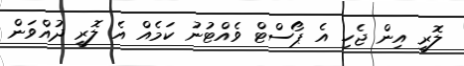
ލޮރީ އިން ޖެހި އެ ޕޯސްޓް ވެއްޓުނު ކަމެއް އެ ލޮރީ ދުއްވަން